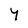
Character: Y